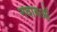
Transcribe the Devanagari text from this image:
नवाबओं